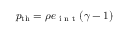
p _ { \mathrm { t h } } = \rho e _ { \textrm { i n t } } ( \gamma - 1 )